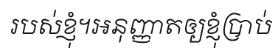
របស់ខ្ញុំ។អនុញ្ញាតឲ្យខ្ញុំប្រាប់